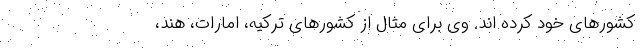
کشورهای خود کرده اند. وی برای مثال از کشورهای ترکیه، امارات، هند،